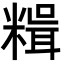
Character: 𥻯